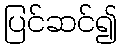
ပြင်ဆင်၍